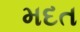
મદત